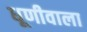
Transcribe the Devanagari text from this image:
धूणीवाला